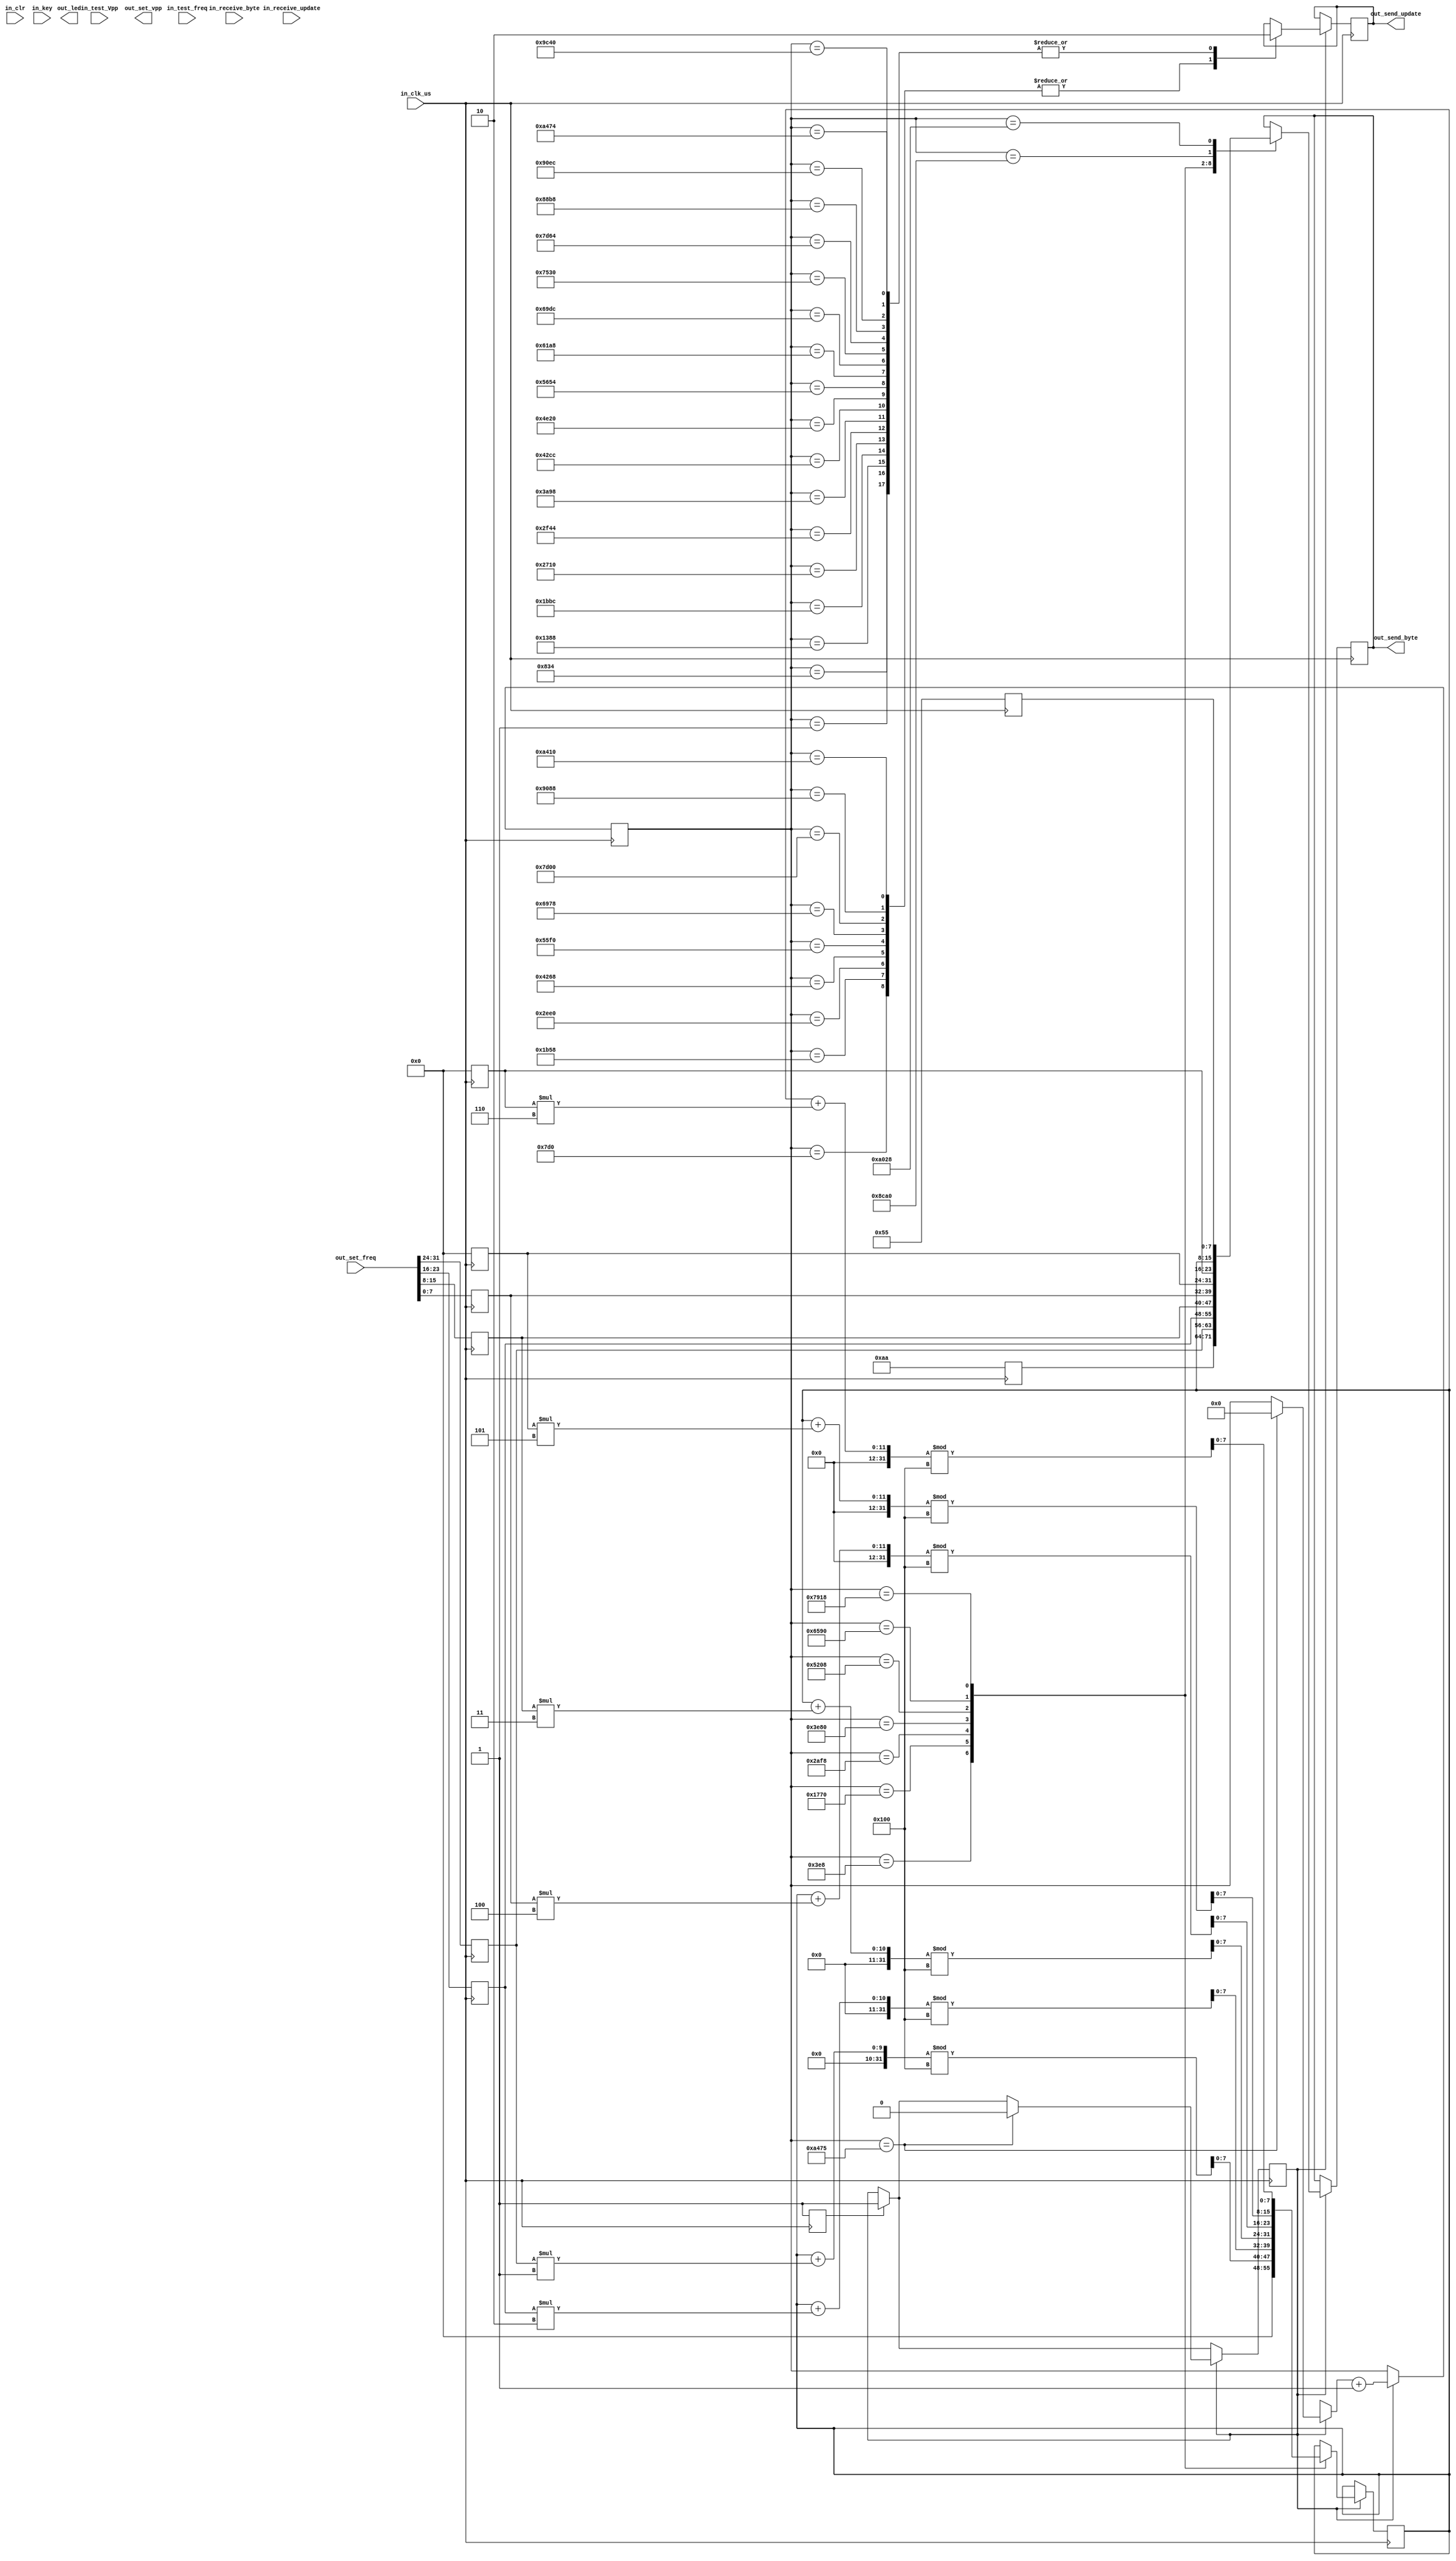
module Drive_Usart_Handle
(   
	 input in_clr 
	 ,input in_clk_us  
	 ,input in_receive_update 
	 ,input [7:0]in_receive_byte 
	 ,input in_key
	 ,input [31:0]in_test_freq
	 ,input [31:0]in_test_Vpp
    ,input [31:0]out_set_freq //设置频率
	 
	 ,output reg out_send_update 
	 ,output reg [7:0]out_send_byte 
	 ,output reg [3:2]out_led  
	  
	  
	 ,output reg [15:0]out_set_vpp  //设置峰峰值
);




/* 运行线程 ---------------------------*/ 
reg [7:0]receive_buff[0:10];	 
reg receive_buff_flag;  
reg [7:0]receive_cnt;
reg [7:0]receive_crc; 
reg receive_us_reload;
always @(posedge in_receive_update) //接收buff  
begin     
	 
	 if(receive_us > 10000)  
		receive_cnt <= 0;//时间越界，下一帧   
	 else 
		receive_cnt <= receive_cnt + 1;//时间没有越界

	 receive_buff[receive_cnt] <= in_receive_byte;
	 if(receive_cnt < 9) receive_crc <= (receive_crc + receive_buff[receive_cnt]*receive_cnt)%256;
	 
	 case(receive_cnt)
		0:	begin receive_crc <= 0;	receive_buff_flag = 0;end  
		8:  receive_buff_flag = 1;	
		9:	begin    
				receive_buff_flag = 0;
//				out_led[2] = !out_led[2]; 
			end 
	 endcase  
	 
	 receive_us_reload <= !receive_us_reload;//重新计时
end



reg [31:0]receive_us; 
reg receive_us_reload_last;
always @(posedge in_clk_us) 
begin
	
	if(receive_us < 1000000) receive_us <= receive_us + 1;	
	
	if(receive_us_reload != receive_us_reload_last)	receive_us <= 0;//重新计时
	receive_us_reload_last <= receive_us_reload;	
end



reg send_start_flag;   
reg [7:0]send_buff[0:8]; 
always @(receive_buff_flag)  //分析数据 
begin     
//    if(send_state) begin send_start_flag <= 0; end//发送一帧完毕		
//    if(receive_buff_flag)
//    case(receive_buff[1])
//    
//        /* 设置频率 */  
//        1:begin 
//            out_set_freq <= (receive_buff[2]<<24) | (receive_buff[3]<<16) | (receive_buff[4]<<8) | receive_buff[5]; 
//        end
//        
//        /* 设置峰峰值 */  
//        2:begin
//            out_set_vpp <= (receive_buff[2]<<8) | receive_buff[3];
//        end
//    endcase
end


/* 按键触发发送 */
always @(posedge in_clk_us) 
begin
           send_buff[0] <= 8'hAA; 
           send_buff[1] <= out_set_freq >> 24;  
           send_buff[2] <= out_set_freq >> 16; 
           send_buff[3] <= out_set_freq >> 8;
           send_buff[4] <= out_set_freq;
           send_buff[5] <= 8'h00; 
           send_buff[6] <= 8'h00; 
           send_buff[7] <= 8'h00; //crc
           send_buff[8] <= 8'h55;  
           
           send_start_flag <= 1;  
    
end


reg [31:0]count;   
reg [7:0]send_crc; 
reg send_state;
always @(posedge in_clk_us)  //发送9byte数据
begin
    if(send_start_flag == 1) send_state <= 1;
	
	if(send_state)
    begin
        case(count)
      
          1:	begin out_send_update <= 0; end  //0
          1000:	begin out_send_byte <= send_buff[0];send_crc <= 0; end	
          2000:	out_send_update <= 1; 
          2100: out_send_update <= 0; 
           
          5000:	begin out_send_update <= 0; end  //1
          6000:	begin out_send_byte <= send_buff[1];send_crc <= (send_crc + send_buff[1]*1)%256; end	
          7000:	out_send_update <= 1; 
          7100: out_send_update <= 0; 
           
          10000: begin out_send_update <= 0; end  //2
          11000: begin out_send_byte <= send_buff[2]; send_crc <= (send_crc + send_buff[2]*2)%256; end	
          12000: out_send_update <= 1; 
          12100: out_send_update <= 0; 
          
          15000: begin out_send_update <= 0; end  //3
          16000: begin out_send_byte <= send_buff[3]; send_crc <= (send_crc + send_buff[3]*3)%256; end	
          17000: out_send_update <= 1; 
          17100: out_send_update <= 0; 
          
          20000: begin out_send_update <= 0; end  //4
          21000: begin out_send_byte <= send_buff[4]; send_crc <= (send_crc + send_buff[4]*4)%256;end	
          22000: out_send_update <= 1; 
          22100: out_send_update <= 0; 
          
          25000: begin out_send_update <= 0; end  //5
          26000: begin out_send_byte <= send_buff[5]; send_crc <= (send_crc + send_buff[5]*5)%256; end	
          27000: out_send_update <= 1; 
          27100: out_send_update <= 0; 
          
          30000: begin out_send_update <= 0; end  //6
          31000: begin out_send_byte <= send_buff[6]; send_crc <= (send_crc + send_buff[6]*6)%256; end	
          32000: out_send_update <= 1; 
          32100: out_send_update <= 0; 
          
          35000: begin out_send_update <= 0; end  //7
          36000: begin out_send_byte <= send_crc;  end	
          37000: out_send_update <= 1; 
          37100: out_send_update <= 0; 
          
          40000: begin out_send_update <= 0; end  //8
          41000: begin out_send_byte <= send_buff[8]; end		
          42000: out_send_update <= 1; 
          42100: out_send_update <= 0; 
          42101: begin send_state <= 0;count=0; end

        endcase 
        if(send_state)  count = count + 1; 
    end
end 



endmodule